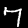
Digit: 7